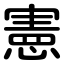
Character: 憲